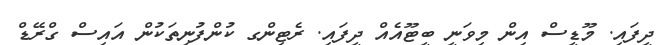
ދީފައި. މޫޑީސް އިން މިވަނީ ބީޓޫއެއް ދީފައި. ރެޓިންގ ކުންފުނިތަކުން އައިސް ގްރޭޑް